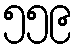
၅၅၉